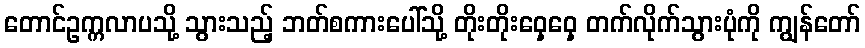
တောင်ဥက္ကလာပသို့ သွားသည့် ဘတ်စကားပေါ်သို့ တိုးတိုးဝှေ့ဝှေ့ တက်လိုက်သွားပုံကို ကျွန်တော်